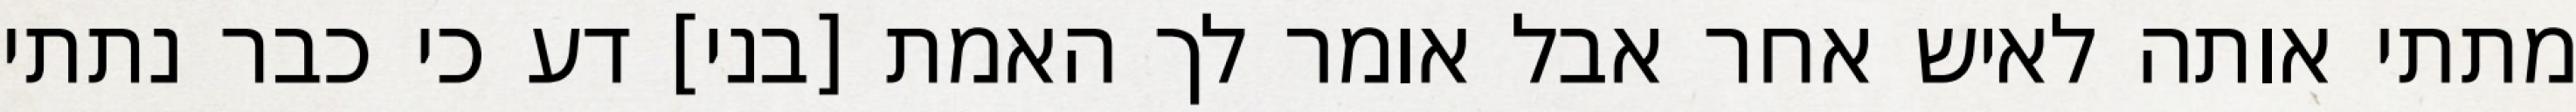
מתתי אותה לאיש אחר אבל אומר לך האמת [בני] דע כי כבר נתתי